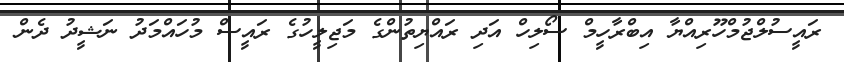
ރައީސުލްޖުމްހޫރިއްޔާ އިބްރާހީމް ސޯލިހް އަދި ރައްޔިތުންގެ މަޖިލީހުގެ ރައީސް މުހައްމަދު ނަޝީދު ދެން